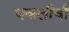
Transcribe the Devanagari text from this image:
चकलीची